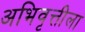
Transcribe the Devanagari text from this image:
अभिवृत्तीला